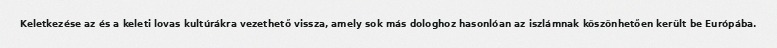
Keletkezése az és a keleti lovas kultúrákra vezethető vissza, amely sok más dologhoz hasonlóan az iszlámnak köszönhetően került be Európába.